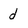
Character: d